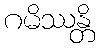
ဂမိဿန္တိ